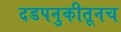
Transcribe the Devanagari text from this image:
दडपनुकीतूनच